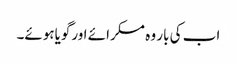
اب کی بار وہ مسکرائے اورگویاہوئے۔